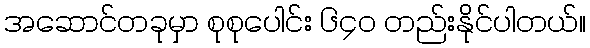
အဆောင်တခုမှာ စုစုပေါင်း ၆၄၀ တည်းနိုင်ပါတယ်။